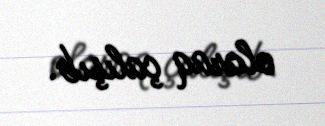
olaraq çalışıb.